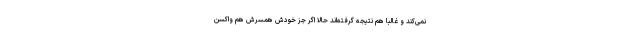
نمی‌کند و غالبا هم نتیجه گرفته‌اند حالا اگر جز خودش همسرش هم واکسن